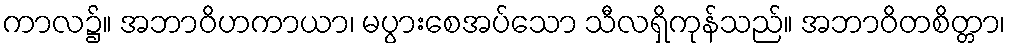
ကာလ၌။ အဘာဝိဟကာယာ၊ မပွားစေအပ်သော သီလရှိကုန်သည်။ အဘာဝိတစိတ္တာ၊